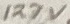
Text: 127V